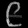
Digit: ၉